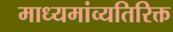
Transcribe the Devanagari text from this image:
माध्यमांव्यतिरिक्त